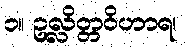
၁။ ဥလ္လိတ္တဝိဟာရ၊